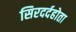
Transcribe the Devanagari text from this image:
सिरदर्दहोता